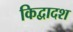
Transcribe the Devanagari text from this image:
किद्वादश